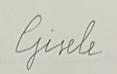
Signature authenticity: forged